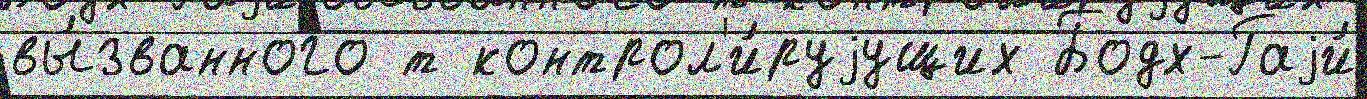
вы́званного т контрол'и́руjущих Бодх-Гаjи́